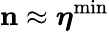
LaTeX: {\mathbf n}\approx{\boldsymbol\eta}^{\mathrm{min}}